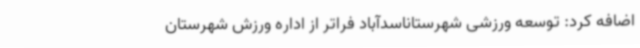
اضافه کرد: توسعه ورزشی شهرستاناسدآباد فراتر از اداره ورزش شهرستان